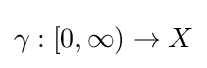
\gamma :[0,\infty )\to X